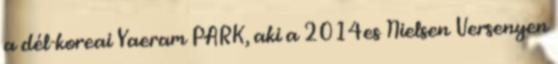
a dél-koreai Yaeram PARK, aki a 2014es Nielsen Versenyen